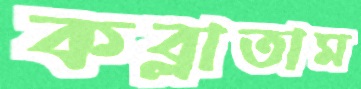
কব্‌লাতাম